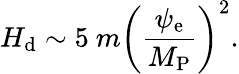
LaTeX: H_{\mathrm{d}}\sim 5~m\biggl(\frac{\psi_{\mathrm{e}}}{M_{\mathrm{P}}}\biggr)^{2}.